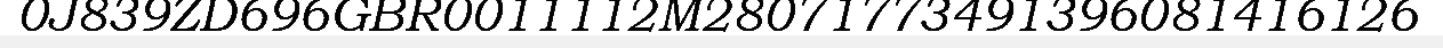
0J839ZD696GBR0011112M28071773491396081416126